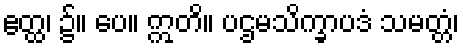
ဧတ္ထ၊ ၌။ ပေ။ ဣတိ။ ပဌမသိက္ခာပဒံ သမတ္တံ၊